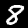
Digit: 8